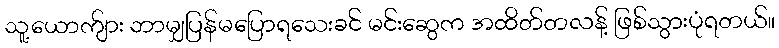
သူ့ယောက်ျား ဘာမျှပြန်မပြောရသေးခင် မင်းဆွေက အထိတ်တလန့် ဖြစ်သွားပုံရတယ်။